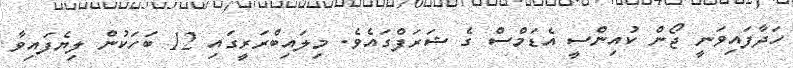
ހަދާފައިވަނީ ޖޯން ކުއިންސީ އެޑަމްސް ގެ ޝަރަފްގައެވެ. މިލައިބްރަރީގައި 12 ބަހަކުން ލިޔެފައިވާ